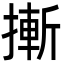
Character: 摲